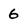
Character: 6